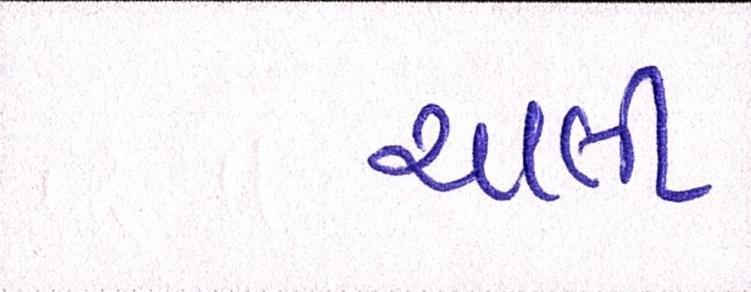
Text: ચાલી